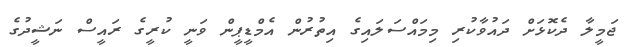
ޖަމީލާ ދެކޮޅަށް ދައުވާކުރި މިމައްސަލައިގެ އިތުރުން އެމްޑީޕީން ވަނީ ކުރީގެ ރައީސް ނަޝީދުގެ